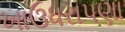
ખાઉધરાપણા